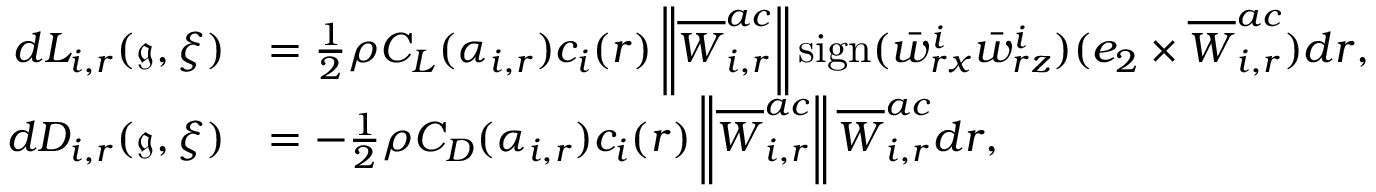
\begin{array} { r l } { d L _ { i , r } ( \mathfrak { g } , \xi ) } & { = \frac { 1 } { 2 } \rho C _ { L } ( \alpha _ { i , r } ) c _ { i } ( r ) \left\| \overline { { W } } _ { i , r } ^ { a c } \right\| \operatorname { s i g n } ( \bar { w } _ { r x } ^ { i } \bar { w } _ { r z } ^ { i } ) ( e _ { 2 } \times \overline { { W } } _ { i , r } ^ { a c } ) d r , } \\ { d D _ { i , r } ( \mathfrak { g } , \xi ) } & { = - \frac { 1 } { 2 } \rho C _ { D } ( \alpha _ { i , r } ) c _ { i } ( r ) \left\| \overline { { W } } _ { i , r } ^ { a c } \right\| \overline { { W } } _ { i , r } ^ { a c } d r , } \end{array}